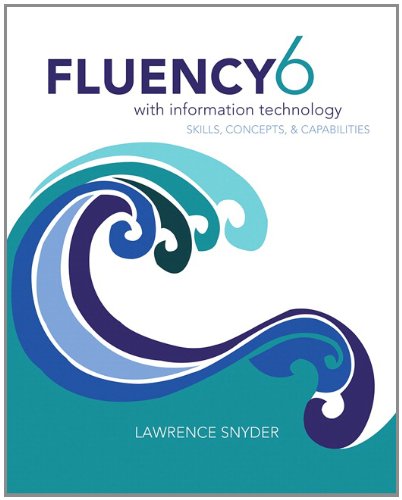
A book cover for Fluency With Information Technology (6th Edition); Lawrence Snyder; Business & Money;